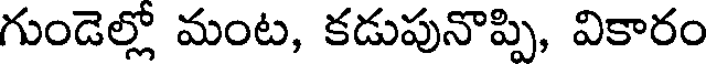
గుండెల్లో మంట, కడుపునొప్పి, వికారం